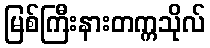
မြစ်ကြီးနားတက္ကသိုလ်